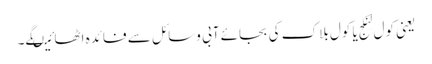
یعنی کول لِنکج یا کول بلاک کی بجائے آبی وسائل سے فائدہ اٹھائیںگے۔